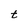
Character: t